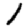
Digit: 1